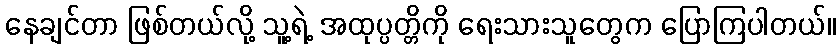
နေချင်တာ ဖြစ်တယ်လို့ သူ့ရဲ့ အထုပ္ပတ္တိကို ရေးသားသူတွေက ပြောကြပါတယ်။